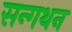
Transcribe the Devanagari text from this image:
सन्गथन